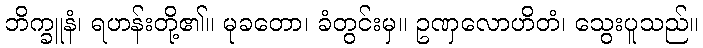
ဘိက္ခူနံ၊ ရဟန်းတို့၏။ မုခတော၊ ခံတွင်းမှ။ ဥဏှလောဟိတံ၊ သွေးပူသည်။